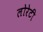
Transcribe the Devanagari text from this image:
लोरेटी